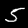
Label: 5